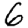
Digit: 6